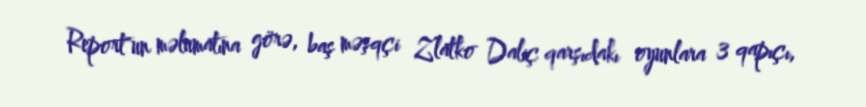
Report"un məlumatına görə, baş məşqçi Zlatko Daliç qarşıdakı oyunlara 3 qapıçı,